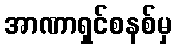
အာဏာရှင်စနစ်မှ